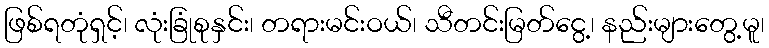
ဖြစ်ရတုံရှင့်၊ လုံးခြုံစုနှင်း၊ တရားမင်းဝယ်၊ သီတင်းမြတ်ငွေ့၊ နည်းများတွေ့မူ၊